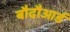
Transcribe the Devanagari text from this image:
बौदौआर्ड